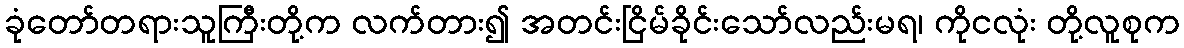
ခုံတော်တရားသူကြီးတို့က လက်တား၍ အတင်းငြိမ်ခိုင်းသော်လည်းမရ၊ ကိုငလုံး တို့လူစုက